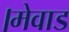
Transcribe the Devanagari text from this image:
।मेवाड